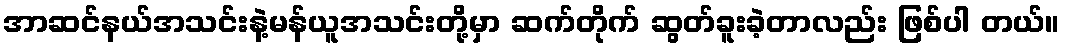
အာဆင်နယ်အသင်းနဲ့မန်ယူအသင်းတို့မှာ ဆက်တိုက် ဆွတ်ခူးခဲ့တာလည်း ဖြစ်ပါ တယ်။